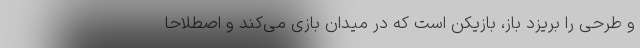
و طرحی را بریزد باز، بازیکن است که در میدان بازی می‌کند و اصطلاحا